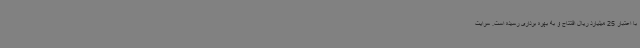
با اعتبار 25 میلیارد ریال افتتاح و به بهره برداری رسیده است. سرایت